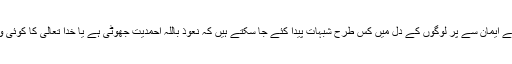
پس ایسے ایسے ایمان سے پُر لوگوں کے دل میں کس طرح شبہات پیدا کئے جا سکتے ہیں کہ نعوذ باللہ احمدیت جھوٹی ہے یا خدا تعالیٰ کا کوئی وجودنہیں ہے۔